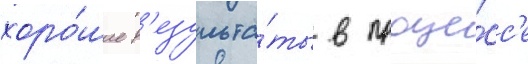
хоро́шие р'езульта́ты в проце́сс'е